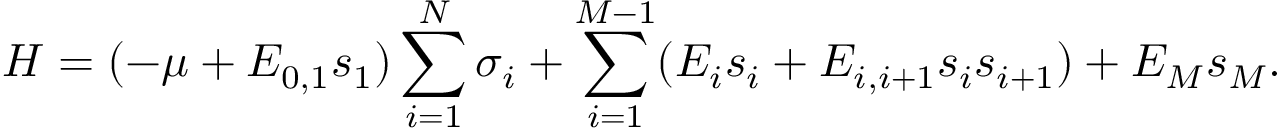
H = ( - \mu + E _ { 0 , 1 } s _ { 1 } ) \sum _ { i = 1 } ^ { N } \sigma _ { i } + \sum _ { i = 1 } ^ { M - 1 } ( E _ { i } s _ { i } + E _ { i , i + 1 } s _ { i } s _ { i + 1 } ) + E _ { M } s _ { M } .